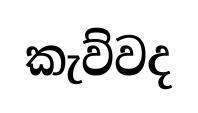
කැව්වද